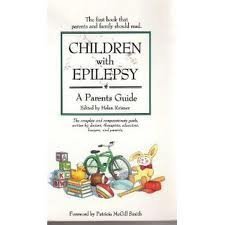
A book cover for Children With Epilepsy: A Parents Guide; Health, Fitness & Dieting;